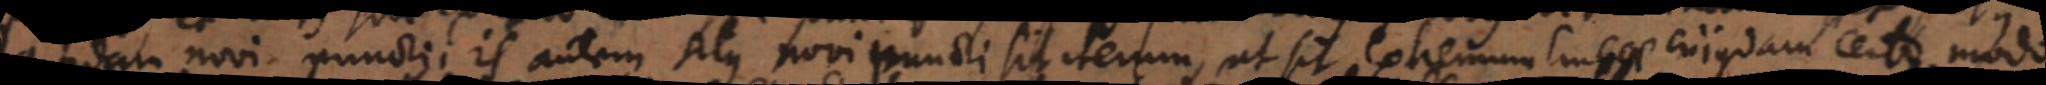
quidam novi puncti; is autem situs novi puncti sit iterum, ut sit extremum lineae cujusdam certo modo